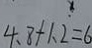
4 . 8 + 1 . 2 = 6